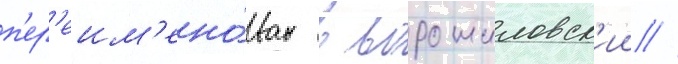
п'ер'еим'ено́ван в ворошиловск'ии //